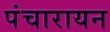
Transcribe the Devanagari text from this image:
पंचारायन